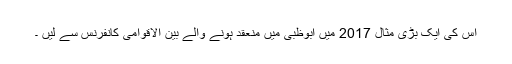
اس کی ایک بڑی مثال 2017 میں ابوظبی میں منعقد ہونے والے بین الاقوامی کانفرنس سے لیں ۔